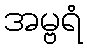
အမ္ဗရံ